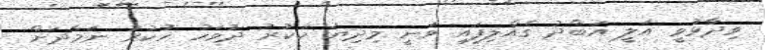
ވިދާޅުވީ އަލީ އަބްދު ގެއްލިފައި ވަނީ މިދިޔަ ހުކުރު ދުވަހު ހުކުރު ނަމާދަށް